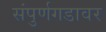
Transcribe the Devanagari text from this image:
संपुर्णगडावर